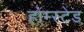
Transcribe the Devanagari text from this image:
होम्स्टेड